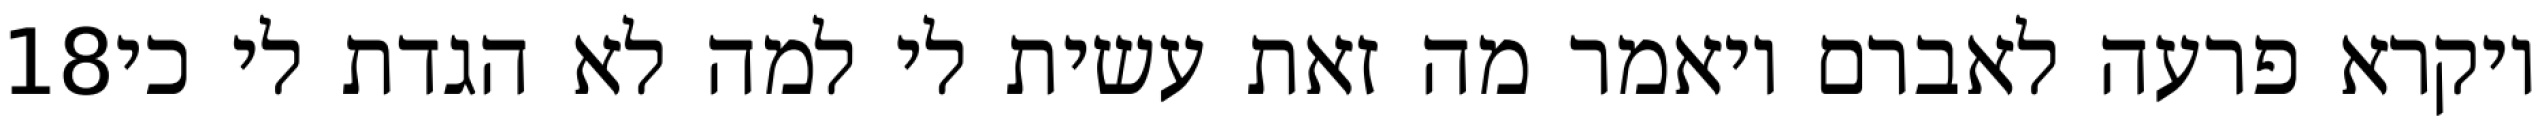
‎18‏ ויקרא פרעה לאברם ויאמר מה זאת עשית לי למה לא הגדת לי כי